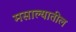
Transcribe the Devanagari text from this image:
मसाल्यातील